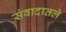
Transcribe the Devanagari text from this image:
संवादातले